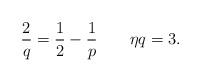
LaTeX: \begin{align*}\dfrac{2}{q} = \dfrac{1}{2} - \dfrac{1}{p} ~~~ ~~~ \eta q = 3.\end{align*}